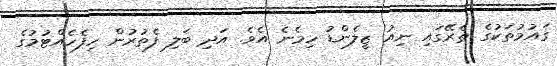
ގައުމުތަކުގެ ތެރޭގައި ނިއު ޒީލެންޑު ހިމެނެ އެވެ. އަދި ބަލި ފެތުރުން ހިފެހެއްޓުމުގެ